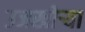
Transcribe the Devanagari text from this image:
उजखोर्‍या